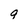
Character: q